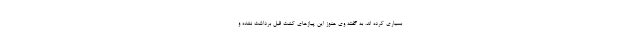
بسیاری کرده اند. به گفته وی هنوز این پیازهای کشت قبل برداشت نشده و